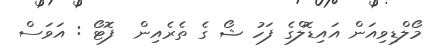
މޯލްޑިވިއަން އައިޑޮލްގެ ފަހު ޝޯ ގެ ތެރެއިން  ފޮޓޯ : އަވަސް